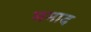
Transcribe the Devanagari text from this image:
ममाद